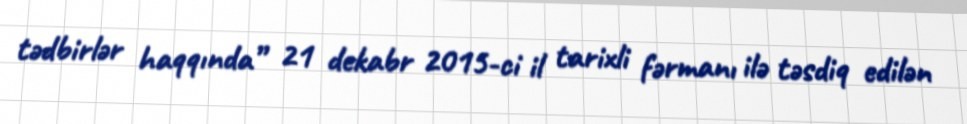
tədbirlər haqqında” 21 dekabr 2015-ci il tarixli fərmanı ilə təsdiq edilən